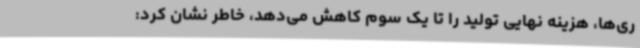
ری‌ها، هزینه نهایی تولید را تا یک سوم کاهش می‌دهد، خاطر نشان کرد: